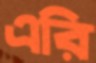
এরি